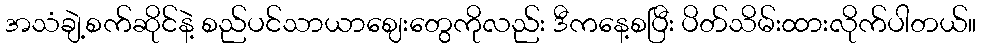
အသံချဲ့စက်ဆိုင်နဲ့ စည်ပင်သာယာဈေးတွေကိုလည်း ဒီကနေ့စပြီး ပိတ်သိမ်းထားလိုက်ပါတယ်။